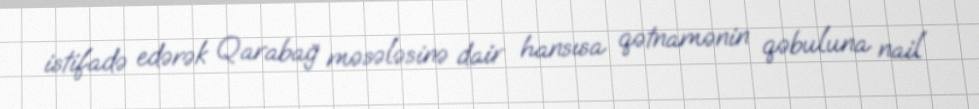
istifadə edərək Qarabağ məsələsinə dair hansısa qətnamənin qəbuluna nail